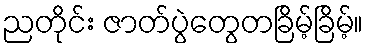
ညတိုင်း ဇာတ်ပွဲတွေတခြိမ့်ခြိမ့်။